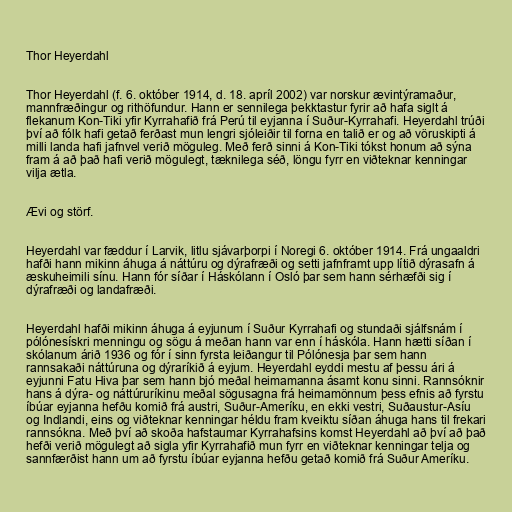
Thor Heyerdahl

Thor Heyerdahl (f. 6. október 1914, d. 18. apríl 2002) var norskur ævintýramaður,
mannfræðingur og rithöfundur. Hann er sennilega þekktastur fyrir að hafa siglt á
flekanum Kon-Tiki yfir Kyrrahafið frá Perú til eyjanna í Suður-Kyrrahafi. Heyerdahl trúði
því að fólk hafi getað ferðast mun lengri sjóleiðir til forna en talið er og að vöruskipti á
milli landa hafi jafnvel verið möguleg. Með ferð sinni á Kon-Tiki tókst honum að sýna
fram á að það hafi verið mögulegt, tæknilega séð, löngu fyrr en viðteknar kenningar
vilja ætla.

Ævi og störf.

Heyerdahl var fæddur í Larvik, litlu sjávarþorpi í Noregi 6. október 1914. Frá ungaaldri
hafði hann mikinn áhuga á náttúru og dýrafræði og setti jafnframt upp lítið dýrasafn á
æskuheimili sínu. Hann fór síðar í Háskólann í Osló þar sem hann sérhæfði sig í
dýrafræði og landafræði.

Heyerdahl hafði mikinn áhuga á eyjunum í Suður Kyrrahafi og stundaði sjálfsnám í
pólónesískri menningu og sögu á meðan hann var enn í háskóla. Hann hætti síðan í
skólanum árið 1936 og fór í sinn fyrsta leiðangur til Pólónesja þar sem hann
rannsakaði náttúruna og dýraríkið á eyjum. Heyerdahl eyddi mestu af þessu ári á
eyjunni Fatu Hiva þar sem hann bjó meðal heimamanna ásamt konu sinni. Rannsóknir
hans á dýra- og náttúruríkinu meðal sögusagna frá heimamönnum þess efnis að fyrstu
íbúar eyjanna hefðu komið frá austri, Suður-Ameríku, en ekki vestri, Suðaustur-Asíu
og Indlandi, eins og viðteknar kenningar héldu fram kveiktu síðan áhuga hans til frekari
rannsókna. Með því að skoða hafstaumar Kyrrahafsins komst Heyerdahl að því að það
hefði verið mögulegt að sigla yfir Kyrrahafið mun fyrr en viðteknar kenningar telja og
sannfærðist hann um að fyrstu íbúar eyjanna hefðu getað komið frá Suður Ameríku.